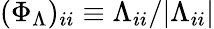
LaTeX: (\Phi_{\Lambda})_{ii}\equiv\Lambda_{ii}/|\Lambda_{ii}|